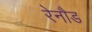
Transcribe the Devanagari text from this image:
रेनौड